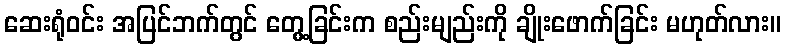
ဆေးရုံဝင်း အပြင်ဘက်တွင် တွေ့ခြင်းက စည်းမျည်းကို ချိုးဖောက်ခြင်း မဟုတ်လား။